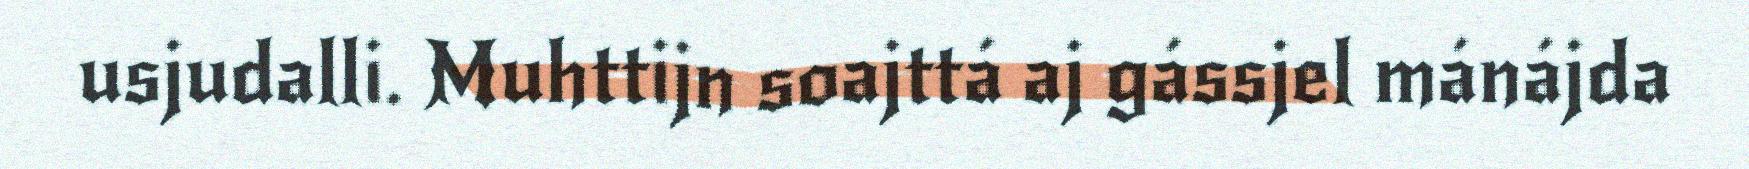
usjudalli. Muhttijn soajttá aj gássjel mánájda